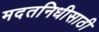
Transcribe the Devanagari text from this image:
मदतनिधीसाठी